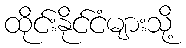
ထိုင်းနိုင်ငံများသို့